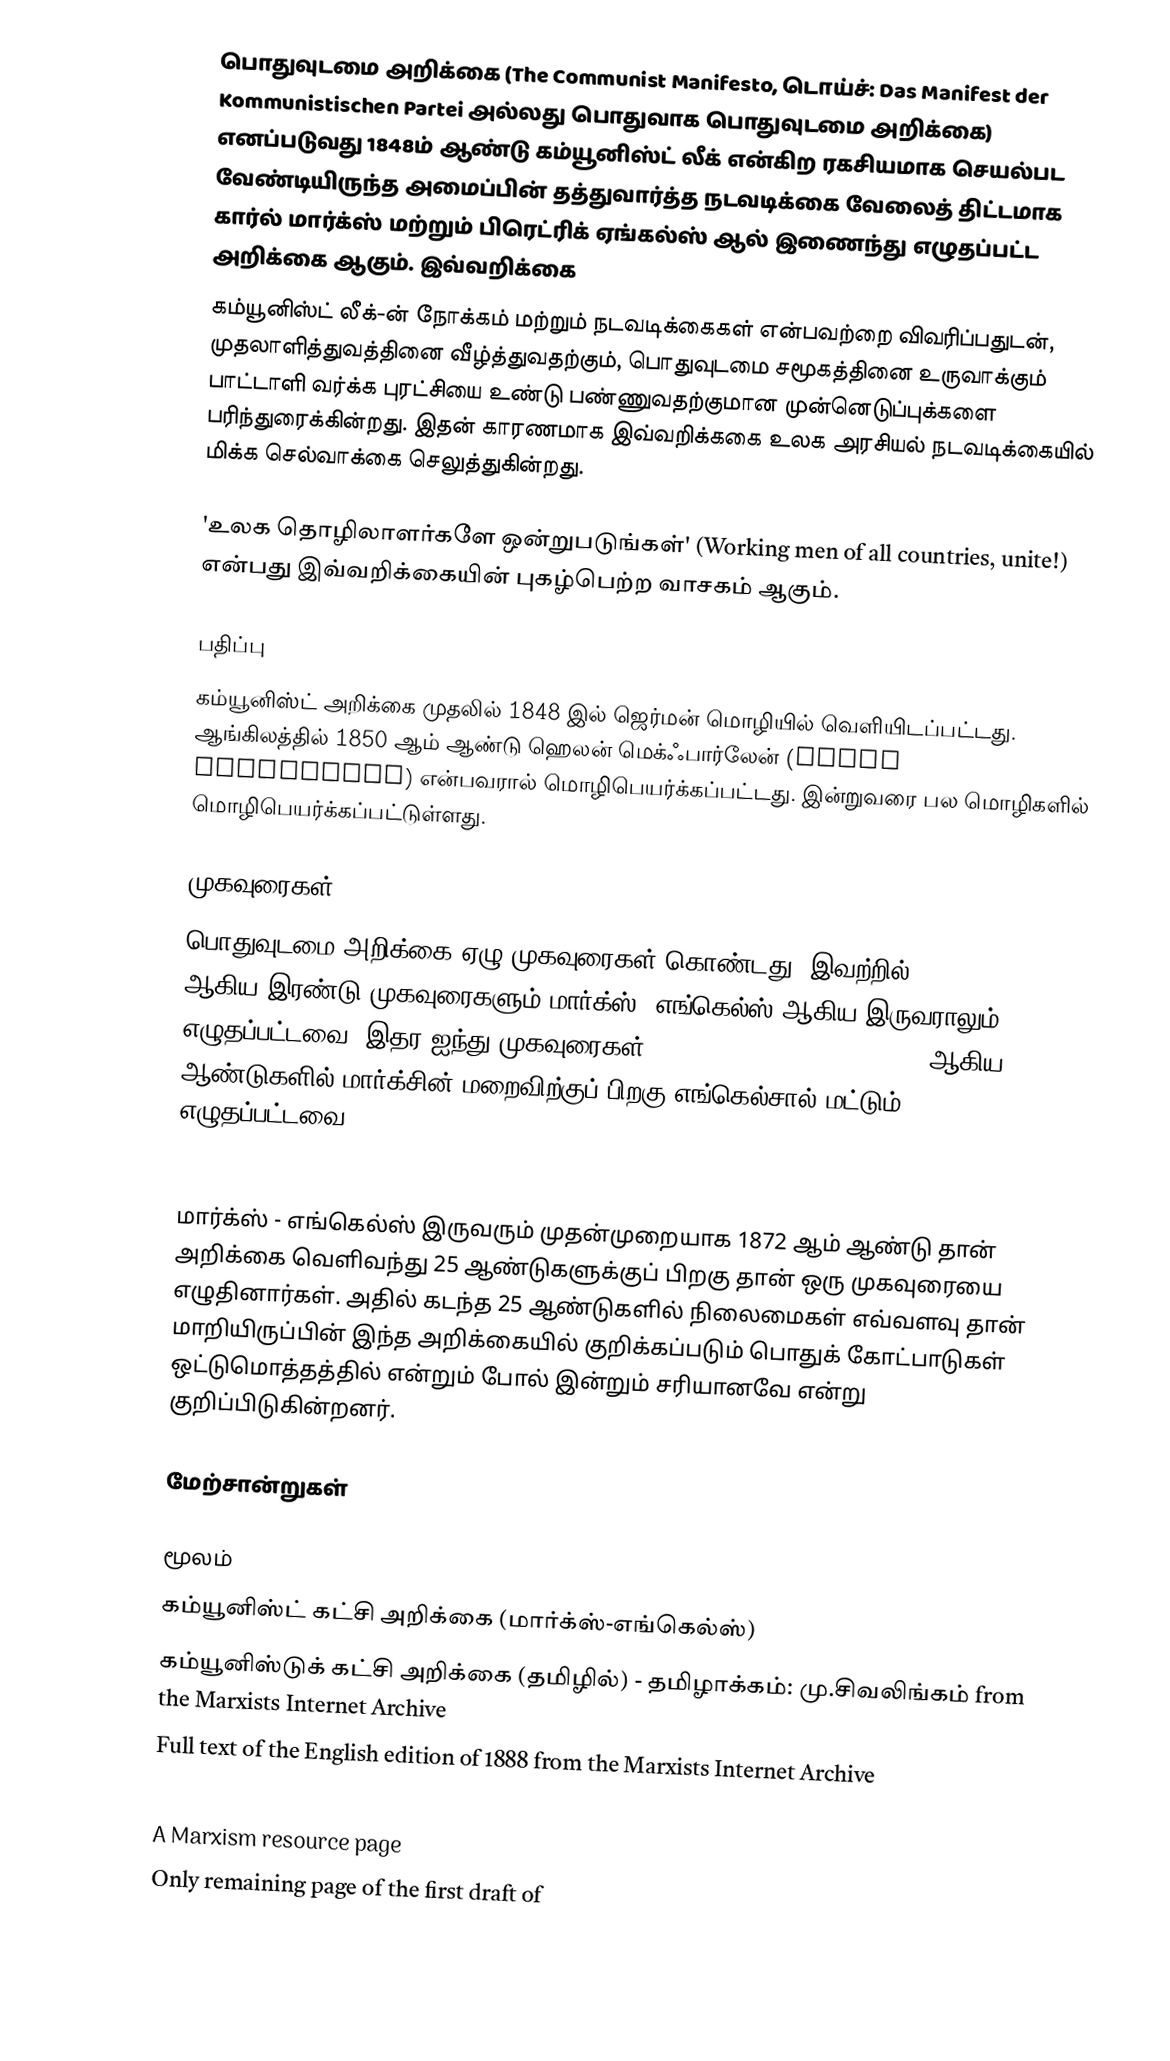
பொதுவுடமை அறிக்கை (The Communist Manifesto, டொய்ச்: Das Manifest der Kommunistischen Partei அல்லது பொதுவாக பொதுவுடமை அறிக்கை) எனப்படுவது 1848ம் ஆண்டு கம்யூனிஸ்ட் லீக் என்கிற ரகசியமாக செயல்பட வேண்டியிருந்த அமைப்பின் தத்துவார்த்த நடவடிக்கை வேலைத் திட்டமாக கார்ல் மார்க்ஸ் மற்றும் பிரெட்ரிக் ஏங்கல்ஸ் ஆல் இணைந்து எழுதப்பட்ட  அறிக்கை ஆகும். இவ்வறிக்கை
கம்யூனிஸ்ட் லீக்-ன் நோக்கம் மற்றும் நடவடிக்கைகள் என்பவற்றை விவரிப்பதுடன், முதலாளித்துவத்தினை வீழ்த்துவதற்கும், பொதுவுடமை சமூகத்தினை உருவாக்கும் பாட்டாளி வர்க்க புரட்சியை உண்டு பண்ணுவதற்குமான முன்னெடுப்புக்களை பரிந்துரைக்கின்றது. இதன் காரணமாக இவ்வறிக்ககை உலக அரசியல் நடவடிக்கையில் மிக்க செல்வாக்கை செலுத்துகின்றது.

'உலக தொழிலாளர்களே ஒன்றுபடுங்கள்' (Working men of all countries, unite!) என்பது இவ்வறிக்கையின் புகழ்பெற்ற வாசகம் ஆகும்.

பதிப்பு
கம்யூனிஸ்ட் அறிக்கை முதலில் 1848 இல் ஜெர்மன் மொழியில் வெளியிடப்பட்டது. ஆங்கிலத்தில் 1850 ஆம் ஆண்டு ஹெலன் மெக்ஃபார்லேன் (Helen MacFarlane) என்பவரால் மொழிபெயர்க்கப்பட்டது. இன்றுவரை பல மொழிகளில் மொழிபெயர்க்கப்பட்டுள்ளது.

முகவுரைகள்
பொதுவுடமை அறிக்கை ஏழு முகவுரைகள் கொண்டது. இவற்றில் 1872, 1882 ஆகிய இரண்டு முகவுரைகளும் மார்க்ஸ், எங்கெல்ஸ் ஆகிய இருவராலும் எழுதப்பட்டவை. இதர ஐந்து முகவுரைகள் 1883, 1888, 1890, 1892, 1893 ஆகிய ஆண்டுகளில் மார்க்சின் மறைவிற்குப் பிறகு  எங்கெல்சால் மட்டும் எழுதப்பட்டவை.

1872
மார்க்ஸ் - எங்கெல்ஸ் இருவரும் முதன்முறையாக 1872 ஆம் ஆண்டு தான் அறிக்கை வெளிவந்து 25 ஆண்டுகளுக்குப் பிறகு தான் ஒரு முகவுரையை எழுதினார்கள். அதில் கடந்த 25 ஆண்டுகளில் நிலைமைகள் எவ்வளவு தான் மாறியிருப்பின் இந்த அறிக்கையில் குறிக்கப்படும் பொதுக் கோட்பாடுகள் ஒட்டுமொத்தத்தில் என்றும் போல் இன்றும் சரியானவே என்று குறிப்பிடுகின்றனர்.

மேற்சான்றுகள்

மூலம்
 கம்யூனிஸ்ட் கட்சி அறிக்கை (மார்க்ஸ்-எங்கெல்ஸ்)
 கம்யூனிஸ்டுக் கட்சி அறிக்கை (தமிழில்) - தமிழாக்கம்: மு.சிவலிங்கம் from the Marxists Internet Archive
 Full text of the English edition of 1888 from the Marxists Internet Archive
 Free audiobook from LibriVox (Also available in German)
 A Marxism resource page
 Only remaining page of the first draft of